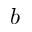
b